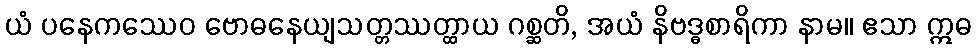
ယံ ပနေကဿေဝ ဗောဓနေယျသတ္တဿတ္ထာယ ဂစ္ဆတိ, အယံ နိဗဒ္ဓစာရိကာ နာမ။ ဧသာ ဣဓ